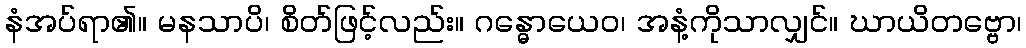
နံအပ်ရာ၏။ မနသာပိ၊ စိတ်ဖြင့်လည်း။ ဂန္ဓောယေဝ၊ အနံ့ကိုသာလျှင်။ ဃာယိတဗ္ဗော၊